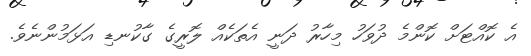
އެ ކޮއްޓަށް ކޮންމެ ދުވަހު މިހާރު ދަނީ އެތަކެއް ލޮރީގެ ގާކުނޑި އަޅަމުންނެވެ.